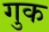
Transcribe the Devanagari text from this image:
गुक